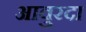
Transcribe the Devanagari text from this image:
आवुरदा